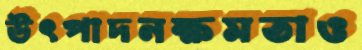
উৎপাদনক্ষমতাও